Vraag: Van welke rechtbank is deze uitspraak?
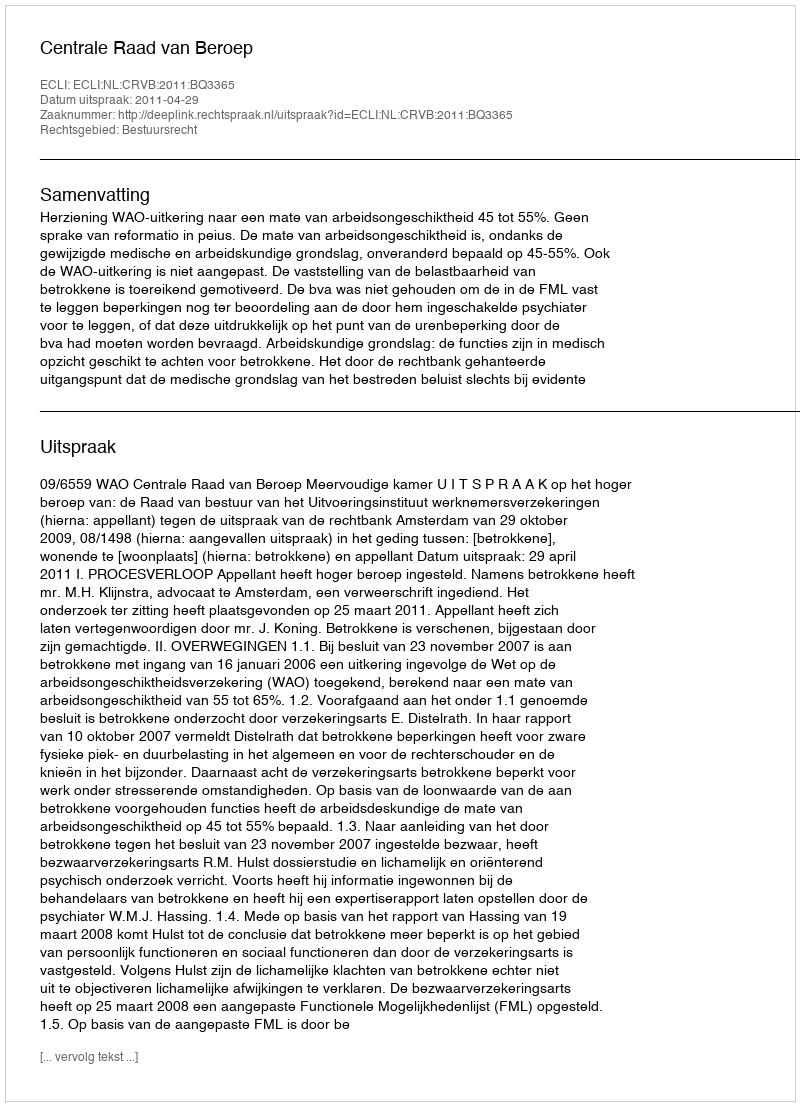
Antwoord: Centrale Raad van Beroep